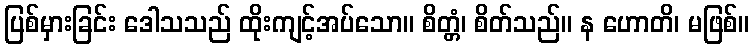
ပြစ်မှားခြင်း ဒေါသသည် ထိုးကျင့်အပ်သော။ စိတ္တံ၊ စိတ်သည်။ န ဟောတိ၊ မဖြစ်။